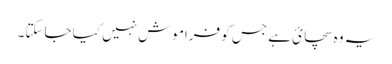
یہ وہ سچائ ہے جس کو فراموش نہیں کیا جاسکتا ۔